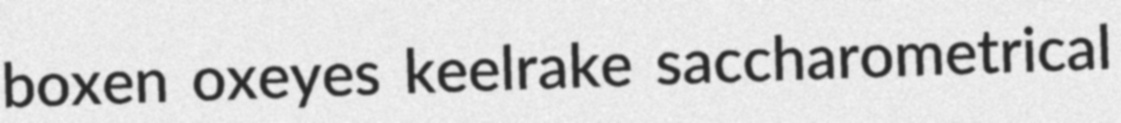
boxen oxeyes keelrake saccharometrical